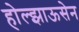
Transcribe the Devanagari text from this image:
होल्झाऊसेन